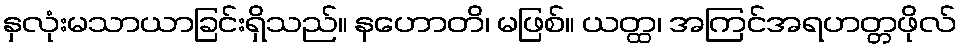
နှလုံးမသာယာခြင်းရှိသည်။ နဟောတိ၊ မဖြစ်။ ယတ္ထ၊ အကြင်အရဟတ္တဖိုလ်